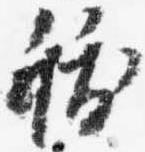
祓